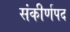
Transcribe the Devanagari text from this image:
संकीर्णपद